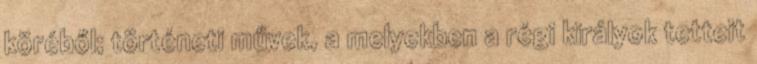
köréből; történeti művek, a melyekben a régi királyok tetteit